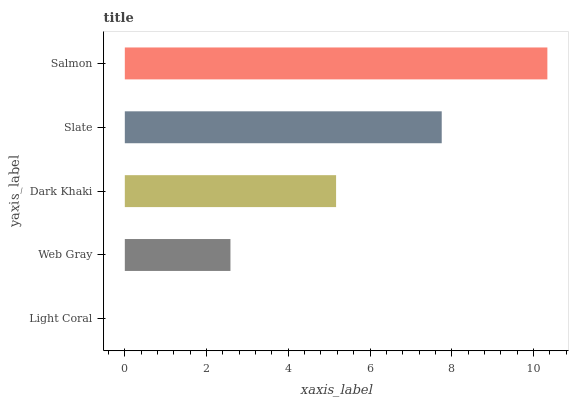
| yaxis_label | bars |
 | --- | --- |
 | Light Coral | 0 |
 | Web Gray | 2.59 |
 | Dark Khaki | 5.17 |
 | Slate | 7.76 |
 | Salmon | 10.3 |